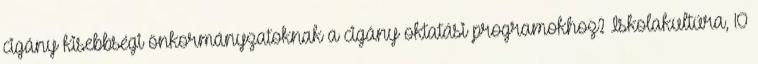
cigány kisebbségi önkormányzatoknak a cigány oktatási programokhoz? Iskolakultúra, 10